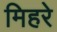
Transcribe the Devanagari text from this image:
मिहरे